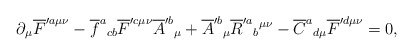
\begin{align*}\partial {}_{\mu }\overline{F}^{\prime a\mu \nu }-\overline{f}^{a}{}_{cb}\overline{F}^{\prime c\mu \nu }\overline{A}^{\prime b}{}_{\mu }{} +\overline{A}^{\prime b}{}_{\mu }\overline{R}^{\prime a}{}_{b}{}^{\mu \nu}-\overline{C}^{a}{}_{d\mu } \overline{F}^{\prime d\mu \nu }=0,\end{align*}